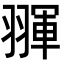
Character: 𦑩